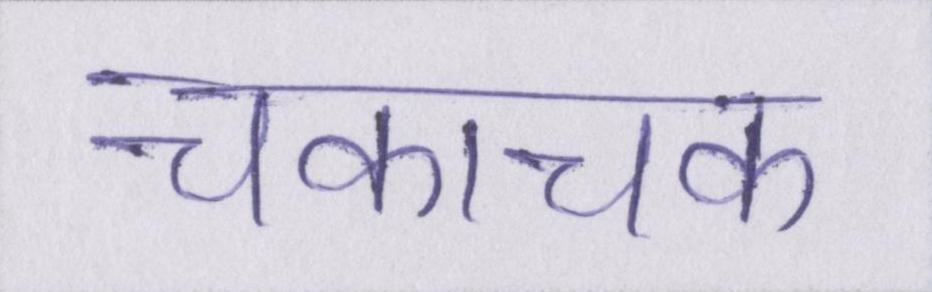
चकाचक